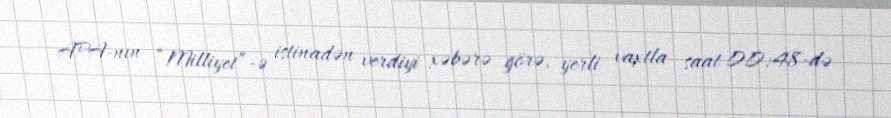
APA-nın “Milliyet”-ə istinadən verdiyi xəbərə görə, yerli vaxtla saat 00:48-də